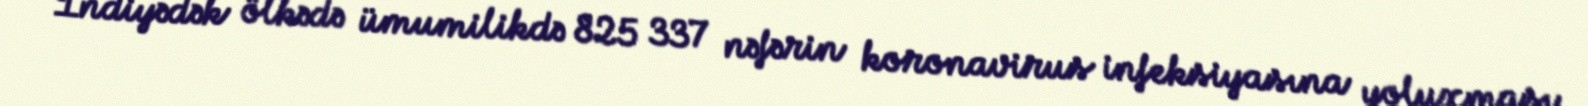
İndiyədək ölkədə ümumilikdə 825 337 nəfərin koronavirus infeksiyasına yoluxması